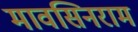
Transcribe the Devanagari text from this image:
मावसिनराम